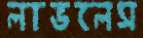
লাভলেস